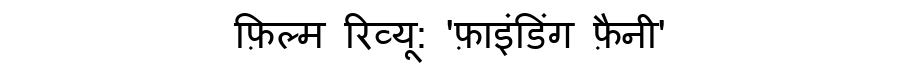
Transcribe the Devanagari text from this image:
फ़िल्म रिव्यू: 'फ़ाइंडिंग फ़ैनी'